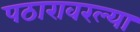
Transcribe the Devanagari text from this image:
पठारावरल्या